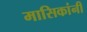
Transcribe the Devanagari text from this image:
मासिकांनी